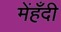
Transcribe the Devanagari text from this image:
मेंहँदी